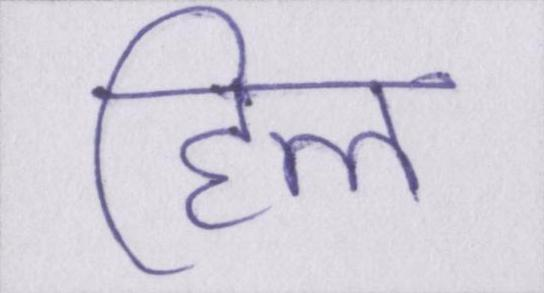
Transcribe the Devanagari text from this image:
हिल